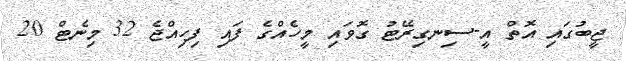
ޖީބުގައި އޮތް އީ-ސިނގިރޭޓު ގޮވައި މީހެއްގެ ފައި ފިހިއްޖެ 32 މިނެޓް 20